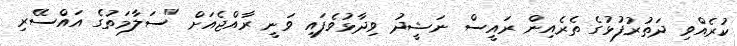
ކުރެއްވި ދަތުރުފުޅުގެ ތެރެއިން ރައީސް ނަޝީދު ވިދާޅުވެފައި ވަނީ ރާއްޖެއަށް "ސަލާމަތުގެ އައްސޭރި